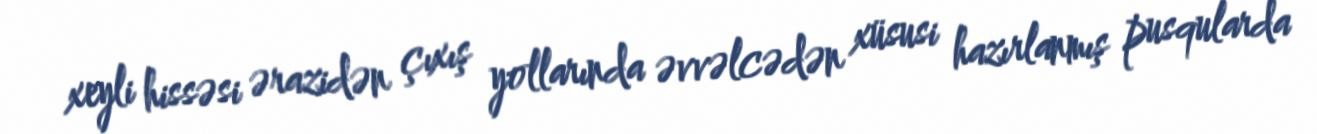
xeyli hissəsi ərazidən çıxış yollarında əvvəlcədən xüsusi hazırlanmış pusqularda